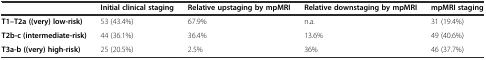
|  | Initial clinical staging | Relative upstaging by mpMRI | Relative downstaging by mpMRI | mpMRI staging |
 | --- | --- | --- | --- | --- |
 | T1–T2a ((very) low-risk) | 53 (43.4%) | 67.9% | n.a. | 31 (19.4%) |
 | T2b-c (intermediate-risk) | 44 (36.1%) | 36.4% | 13.6% | 49 (40.6%) |
 | T3a-b ((very) high-risk) | 25 (20.5%) | 2.5% | 36% | 46 (37.7%) |